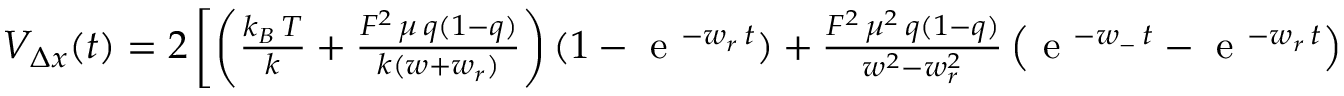
\begin{array} { r } { { \cal V } _ { \Delta x } ( t ) = 2 \left[ \left( \frac { k _ { B } \, T } { k } + \frac { { \cal F } ^ { 2 } \, \mu \, q ( 1 - q ) } { k ( w + w _ { r } ) } \right) ( 1 - \mathrm { ~ e ~ } ^ { - w _ { r } \, t } ) + \frac { { \cal F } ^ { 2 } \, \mu ^ { 2 } \, q ( 1 - q ) } { w ^ { 2 } - w _ { r } ^ { 2 } } \left( \mathrm { ~ e ~ } ^ { - w _ { - } \, t } - \mathrm { ~ e ~ } ^ { - w _ { r } \, t } \right) \right] \, . } \end{array}